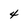
Character: 4